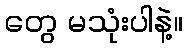
တွေ မသုံးပါနဲ့။